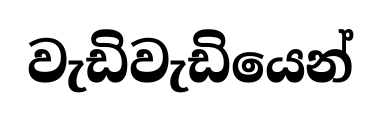
වැඩිවැඩියෙන්